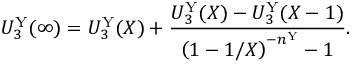
U _ { 3 } ^ { \mathrm { Y } } ( \infty ) = U _ { 3 } ^ { \mathrm { Y } } ( X ) + \frac { U _ { 3 } ^ { \mathrm { Y } } ( X ) - U _ { 3 } ^ { \mathrm { Y } } ( X - 1 ) } { \left( 1 - 1 / X \right) ^ { - n ^ { \mathrm { Y } } } - 1 } .